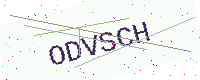
Text: ODVSCH